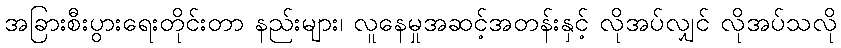
အခြားစီးပွားရေးတိုင်းတာ နည်းများ၊ လူနေမှုအဆင့်အတန်းနှင့် လိုအပ်လျှင် လိုအပ်သလို